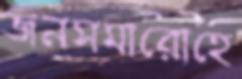
জনসমারোহে